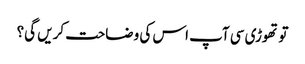
تو تھوڑی سی آپ اس کی وضاحت کریں گی؟